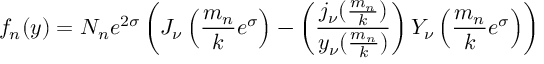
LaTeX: f _ { n } ( y ) = N _ { n } e ^ { 2 \sigma } \left( J _ { \nu } \left( { \frac { m _ { n } } { k } } e ^ { \sigma } \right) - \left( { \frac { j _ { \nu } ( { \frac { m _ { n } } { k } } ) } { y _ { \nu } ( { \frac { m _ { n } } { k } } ) } } \right) Y _ { \nu } \left( { \frac { m _ { n } } { k } } e ^ { \sigma } \right) \right)